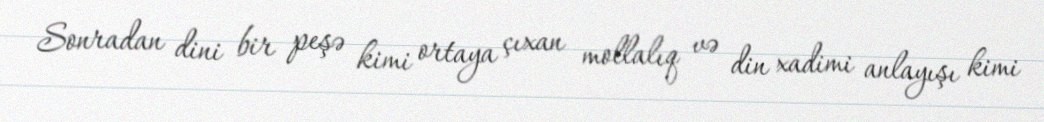
Sonradan dini bir peşə kimi ortaya çıxan mollalıq və din xadimi anlayışı kimi